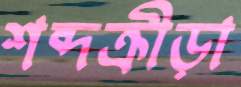
শব্দক্রীড়া